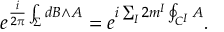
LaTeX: e ^ { \frac { i } { 2 \pi } \int _ { \Sigma } { d B \wedge A } } = e ^ { i \sum _ { I } 2 m ^ { I } \oint _ { C ^ { I } } A } .